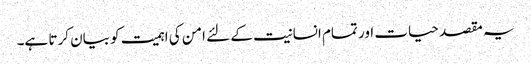
یہ مقصد حیات اور تمام انسانیت کے لئے امن کی اہمیت کو بیان کرتا ہے۔